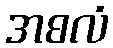
အစလံ